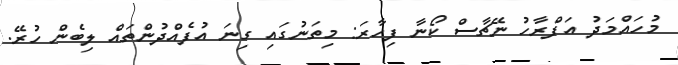
މުހައްމަދު އަފްރާހު ނޭޗާސް ކޯނާ ފިހާރަ: މިތަނުގައި ގިނަ އުފެއްދުންތައް ލިބެން ހުރޭ.